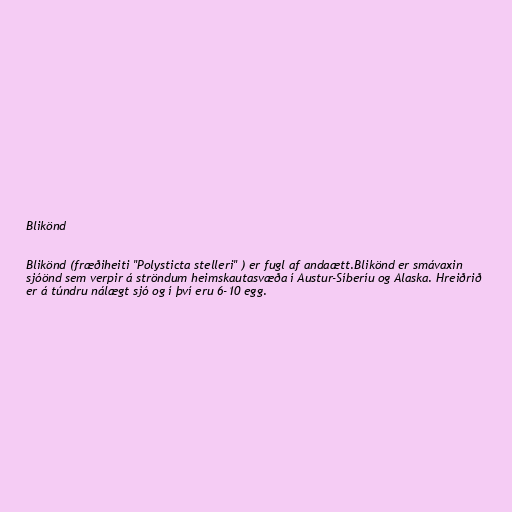
Blikönd

Blikönd (fræðiheiti "Polysticta stelleri" ) er fugl af andaætt.Blikönd er smávaxin
sjóönd sem verpir á ströndum heimskautasvæða í Austur-Síberíu og Alaska. Hreiðrið
er á túndru nálægt sjó og í því eru 6-10 egg.